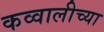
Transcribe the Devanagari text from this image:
कव्वालीच्या